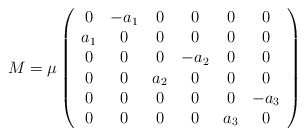
\begin{align*}M= \mu\left( \begin{array}{cccccc}0&-a_1&0&0&0&0\\ a_1&0&0&0&0&0\\0&0&0&-a_2&0&0\\ 0&0&a_2&0&0&0\\0&0&0&0&0&-a_3\\ 0&0&0&0&a_3&0\end{array}\right)\end{align*}